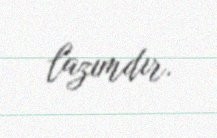
lazımdır.